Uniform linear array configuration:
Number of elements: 8
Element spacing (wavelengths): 1
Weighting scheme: binomial
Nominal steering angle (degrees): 60
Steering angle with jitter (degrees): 61.827
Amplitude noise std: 0.05
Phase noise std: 0.05

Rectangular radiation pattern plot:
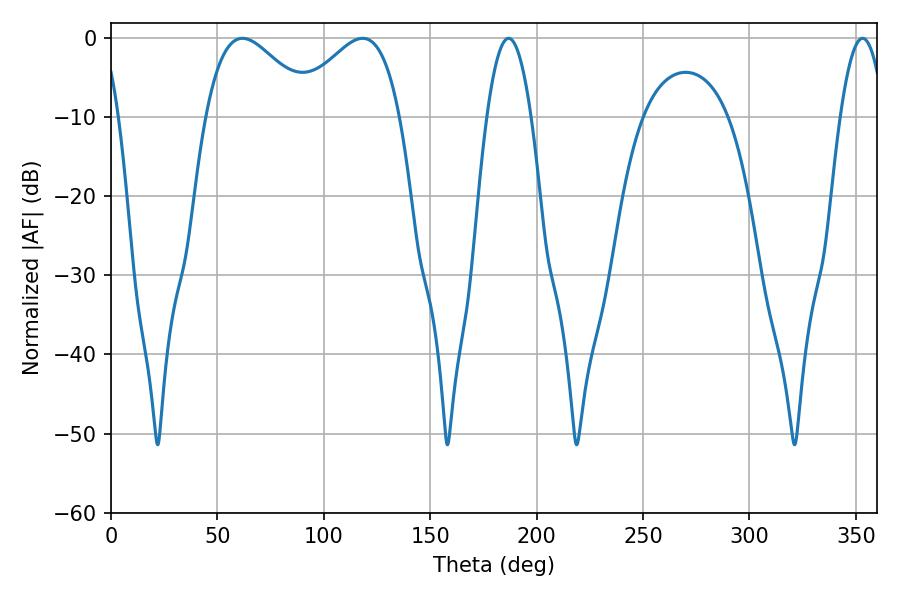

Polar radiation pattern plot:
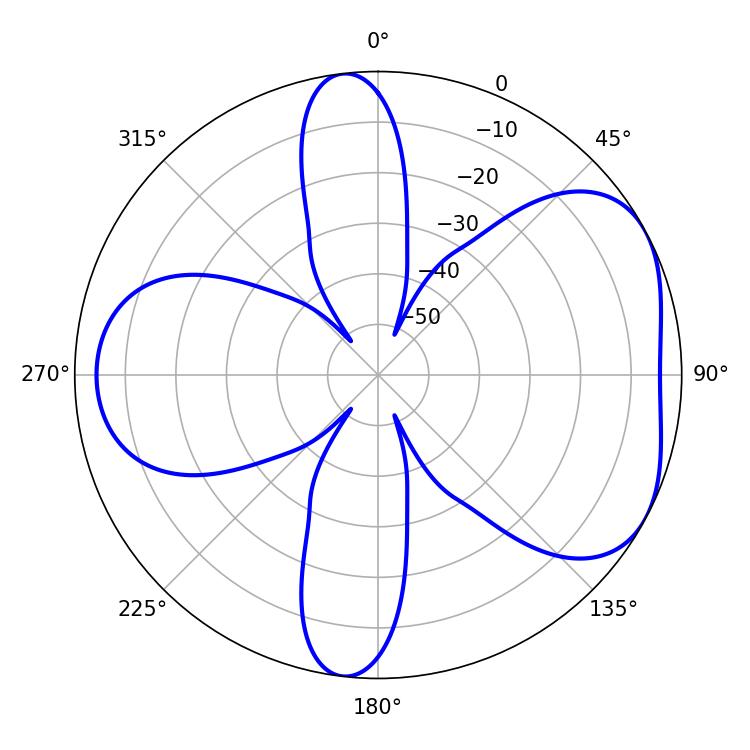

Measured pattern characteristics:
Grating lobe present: TRUE
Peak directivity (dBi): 4.909
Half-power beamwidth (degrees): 11.34
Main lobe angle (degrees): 186.84